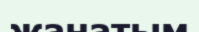
жанатым